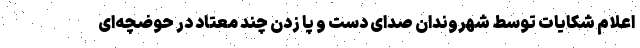
اعلام شکایات توسط شهروندان صدای دست و پا زدن چند معتاد در حوضچه‌ای